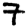
Digit: 7